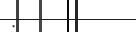
: